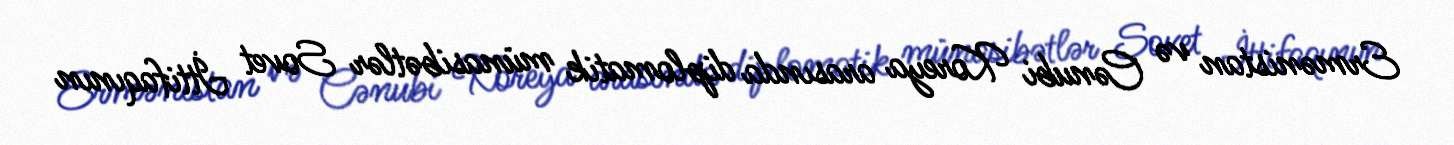
Ermənistan və Cənubi Koreya arasında diplomatik münasibətlər Sovet İttifaqının